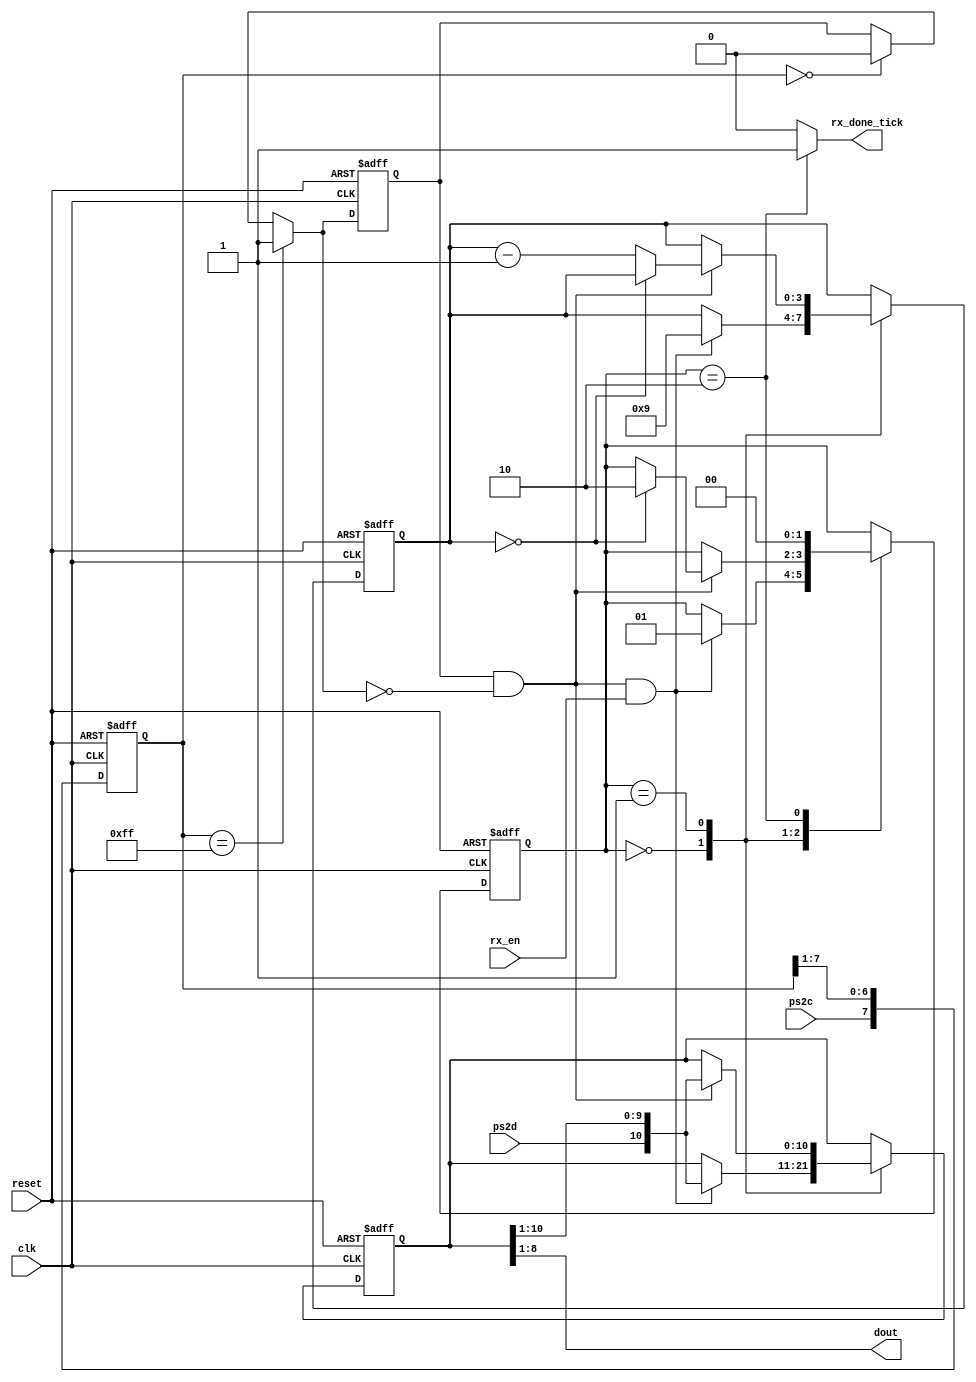
`timescale 1ns / 1ps
//////////////////////////////////////////////////////////////////////////////////
// Company: 
// Engineer: 
// 
// Design Name: 
// Module Name:    ps2 
// Project Name: 
// Target Devices: 
// Tool versions: 
// Description: 
//
// Dependencies: 
//
// Revision: 
// Revision 0.01 - File Created
// Additional Comments: 
//
//////////////////////////////////////////////////////////////////////////////////
module  ps2 
( 
input  wire  clk, reset, 
input  wire  ps2d,  ps2c,  rx_en, 
output  reg  rx_done_tick, 
output wire  [7:0]  dout 
);

 
//  symbolic  state  declaration 
localparam  [1:0] 
idle  =  2'b00, 
dps   =  2'b01, 
load  =  2'b10;

 
//  signal  declaration 
reg  [1:0]  state_reg  ,  state_next  ; 
reg  [7:0]  filter_reg; 
wire  [7:0]  filter_next  ; 
reg  f_ps2c_reg  ; 
wire  f_ps2c_next  ; 
reg  [3:0]  n_reg  , n_next ; 
reg  [10:0]  b_reg,  b_next; 
wire  fall_edge  ; 


always  @  ( posedge  clk  , posedge  reset  ) 
	if  (reset) 
		begin 
			filter_reg  <=  0; 
			f_ps2c_reg  <=  0; 
		end 
	else 
		begin 
			filter_reg  <=  filter_next  ; 
			f_ps2c_reg  <=  f_ps2c_next  ; 
		end 
		
assign  filter_next =  {ps2c,  filter_reg[7:1]}; 
assign  f_ps2c_next  =  (filter_reg==8'b11111111)  ?  1'b1  :  (filter_reg==8'b00000000)  ?  1'b0  : f_ps2c_reg; 
								 
assign  fall_edge =  f_ps2c_reg & ~f_ps2c_next;




always  @  (posedge  clk  ,  posedge  reset  ) 
	if  (reset) 
		begin 
			state_reg  <=  idle; 
			n_reg  <=  0; 
			b_reg  <=  0;
		end 
	else 
		begin 
			state_reg  <=  state_next  ; 
			n_reg  <=  n_next; 
			b_reg  <=  b_next; 
	end 


//  FSMD  next_state  logic 
always  @(*) 
	begin 
		state_next =  state_reg; 
		rx_done_tick  =  1'b0; 
		n_next  =  n_reg; 
		b_next  =  b_reg; 
		
		case  (state_reg) 
			idle  : 
				if  (fall_edge  &  rx_en) 
					begin

						//  shift  in  start  bit 
						b_next  =  {ps2d,  b_reg[10:1]  }; 
						n_next  =  4'b1001; 
						state_next  =  dps; 
					end 
				
			dps:  //  8 datu  +  I  parity  +  I  stop 
				if  (fall_edge)
					begin 
						b_next  =  {ps2d,  b_reg[10  :  1]  }  ; 
						
						if  (n_reg == 0) 
							state_next  =  load; 
						else 
							n_next  =  n_reg  -  1; 
						end 

			load:  //  I  extra clock  to complete  the  last  shift 
				begin 
					state_next  =  idle; 
					rx_done_tick  =  1'b1; 
				end 
		endcase 
end

 
//  output 
assign  dout  =  b_reg[8:1];  //  data  bits 

endmodule